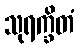
သုရက္ခိတံ